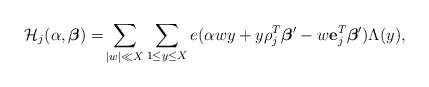
LaTeX: \begin{align*} \mathcal{H}_j(\alpha,\boldsymbol{\beta})=&\sum_{|w|\ll X}\sum_{\substack{1\le y\le X}} e(\alpha wy+y\rho_j^{T}\boldsymbol{\beta}'-w\mathbf{e}_j^T\boldsymbol{\beta}')\Lambda(y),\end{align*}